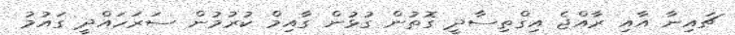
ޗައިނާ އާއި ރާއްޖެ އިގްތިސާދީ ގޮތުން ގުޅުން ގާއިމް ކުރުމުން ސަރަހައްދީ ގައުމު